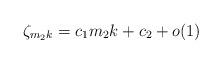
LaTeX: \begin{align*}\zeta_{m_2k}=c_1m_2k+c_2+o(1)\end{align*}